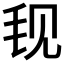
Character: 𬆾